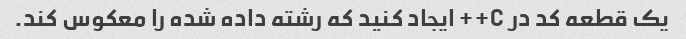
یک قطعه کد در C++ ایجاد کنید که رشته داده شده را معکوس کند.